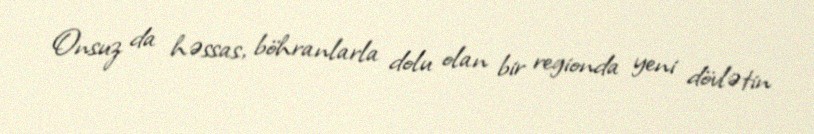
Onsuz da həssas, böhranlarla dolu olan bir regionda yeni dövlətin